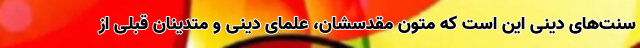
سنت‌های دینی این است که متون مقدسشان، علمای دینی و متدینان قبلی از